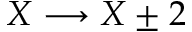
X \longrightarrow X \pm 2